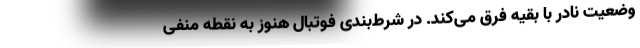
وضعیت نادر با بقیه فرق می‌کند. در شرط‌بندی فوتبال هنوز به نقطه منفی